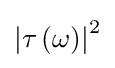
\left|\tau \left(\omega \right)\right|^{2}